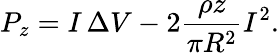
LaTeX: P_{z}=I\, \Delta V-2\frac{\rho z}{\pi R^{2}}I^{2}.